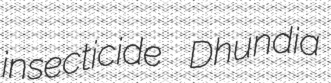
insecticide Dhundia